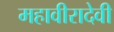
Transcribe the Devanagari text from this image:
महावीरादेवी